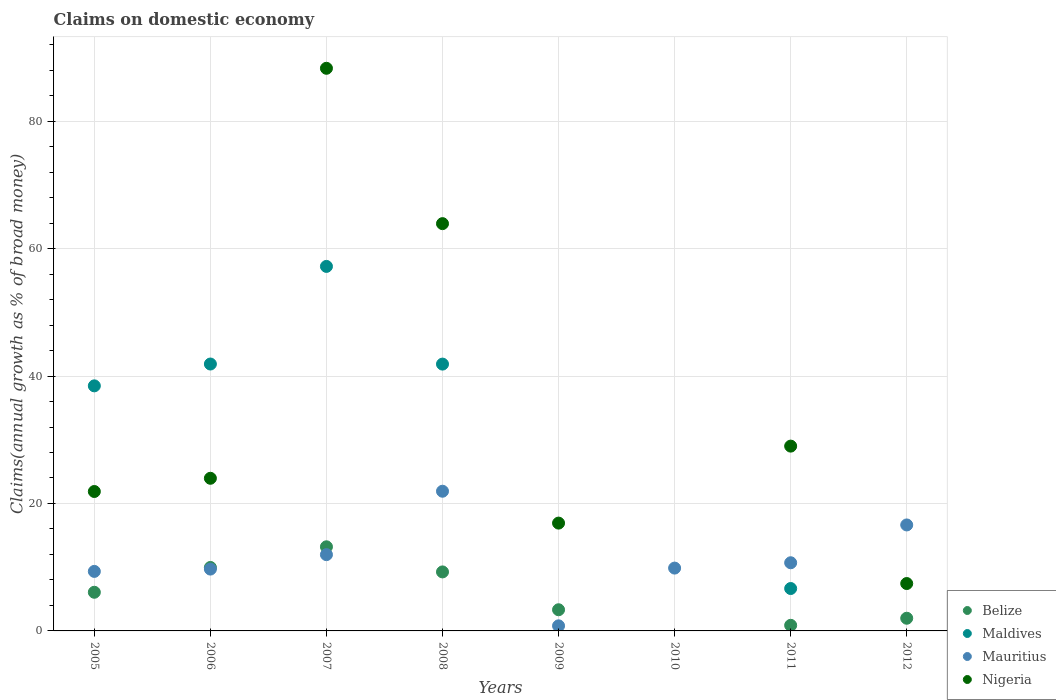
| Years | Belize | Maldives | Mauritius | Nigeria |
 | --- | --- | --- | --- | --- |
 | 2005 | 6.07 | 38.5 | 9.34 | 21.9 |
 | 2006 | 9.96 | 41.9 | 9.7 | 24 |
 | 2007 | 13.2 | 57.2 | 12 | 88.3 |
 | 2008 | 9.26 | 41.9 | 21.9 | 63.9 |
 | 2009 | 3.32 | -4.7 | 0.799 | 16.9 |
 | 2010 | -2.2 | -2.34 | 9.86 | -11.2 |
 | 2011 | 0.878 | 6.65 | 10.7 | 29 |
 | 2012 | 1.99 | -8.46 | 16.6 | 7.44 |